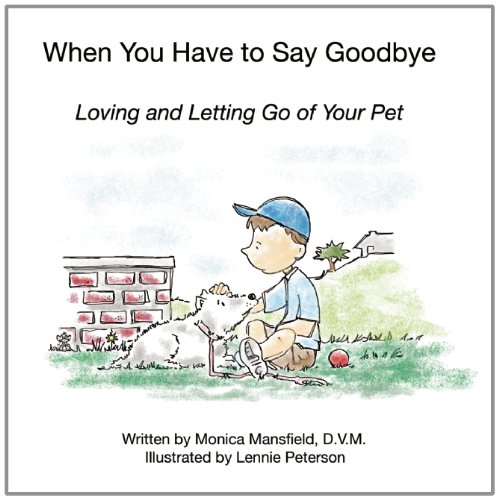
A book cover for When You Have to Say Goodbye: Loving and Letting Go of Your Pet; Monica Mansfield; Crafts, Hobbies & Home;